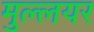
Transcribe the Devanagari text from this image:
मुल्लयर